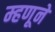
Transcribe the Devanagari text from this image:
म्हणूने